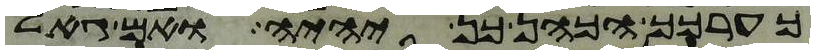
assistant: כערכך הכהן כן יהיה ואם גאל